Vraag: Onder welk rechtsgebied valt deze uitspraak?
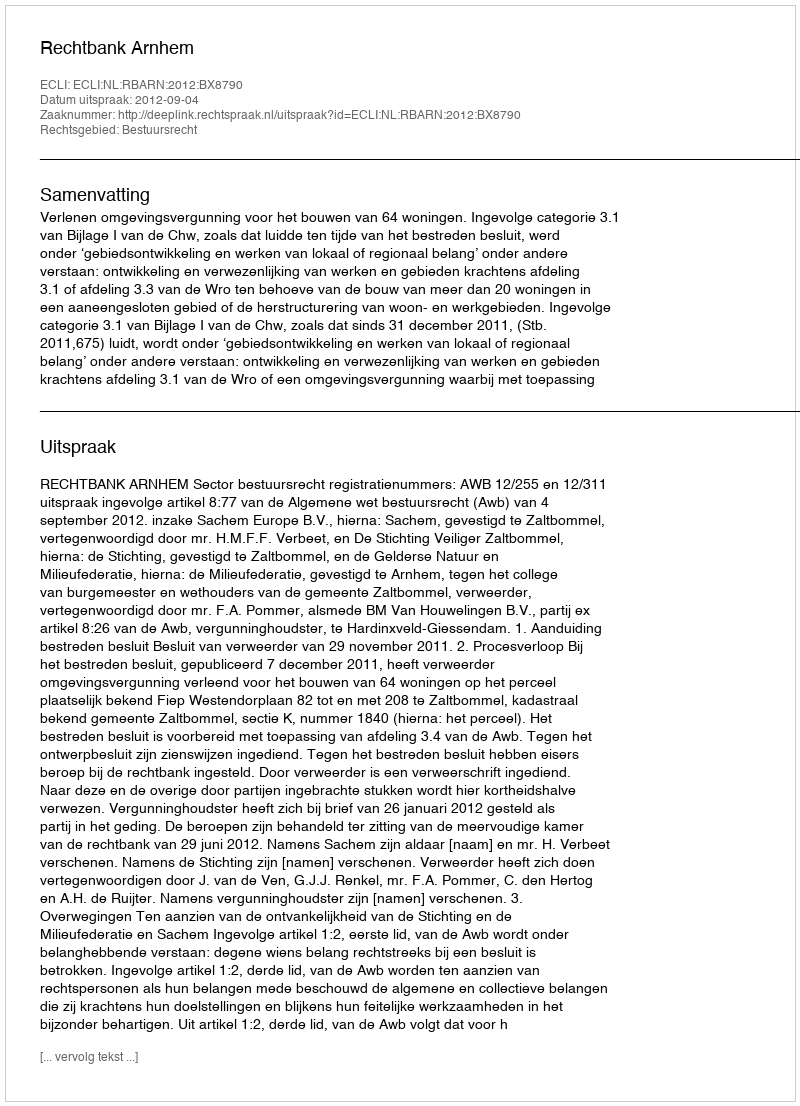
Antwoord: Bestuursrecht